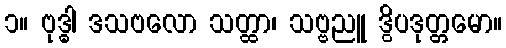
၁။ ဗုဒ္ဓါ ဒသဗလော သတ္ထာ၊ သဗ္ဗညူ ဒွိပဒုတ္တမော။